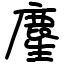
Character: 䴤